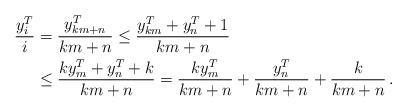
LaTeX: \begin{align*} {y_i^T\over i} & = {y_{km+n}^T\over km+n} \le {y_{km}^T+ y_n^T+ 1\over km+n}\\ &\le {k y_{m}^T+ y_n^T+ k\over km+n}= {k y_{m}^T\over km+n}+ { y_n^T\over km+n}+ { k\over km+n}\,. \end{align*}